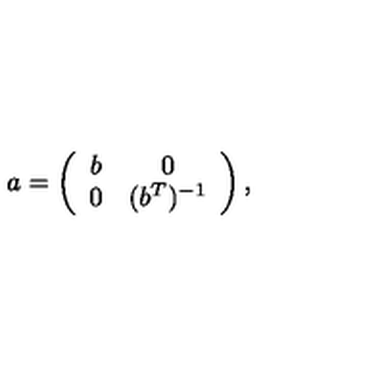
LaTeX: a = \left( \begin{array} { c c } { b } & { 0 } \\ { 0 } & { ( b ^ { T } ) ^ { - 1 } } \\ \end{array} \right) ,